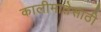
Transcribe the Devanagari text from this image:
कालीमातेसाठी